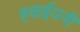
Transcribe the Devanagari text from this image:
हवाईयनी